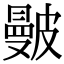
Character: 𥀗